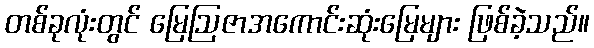
တစ်ခုလုံးတွင် မြေဩဇာအကောင်းဆုံးမြေများ ဖြစ်ခဲ့သည်။